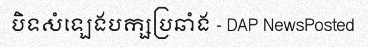
បិទសំឡេងបក្សប្រឆាំង - DAP NewsPosted